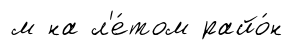
м на л'е́том райо́н